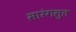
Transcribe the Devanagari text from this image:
सारंगसुत